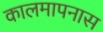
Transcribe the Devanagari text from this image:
कालमापनास